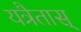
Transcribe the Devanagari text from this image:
यत्रैतास्‌